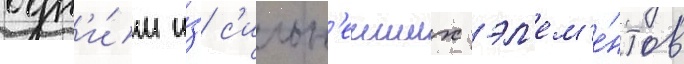
одн'и́м и́з с'ильн'еиших эл'ем'е́нтов